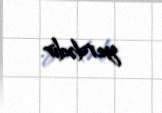
yerdədir.